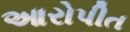
આરોપીત